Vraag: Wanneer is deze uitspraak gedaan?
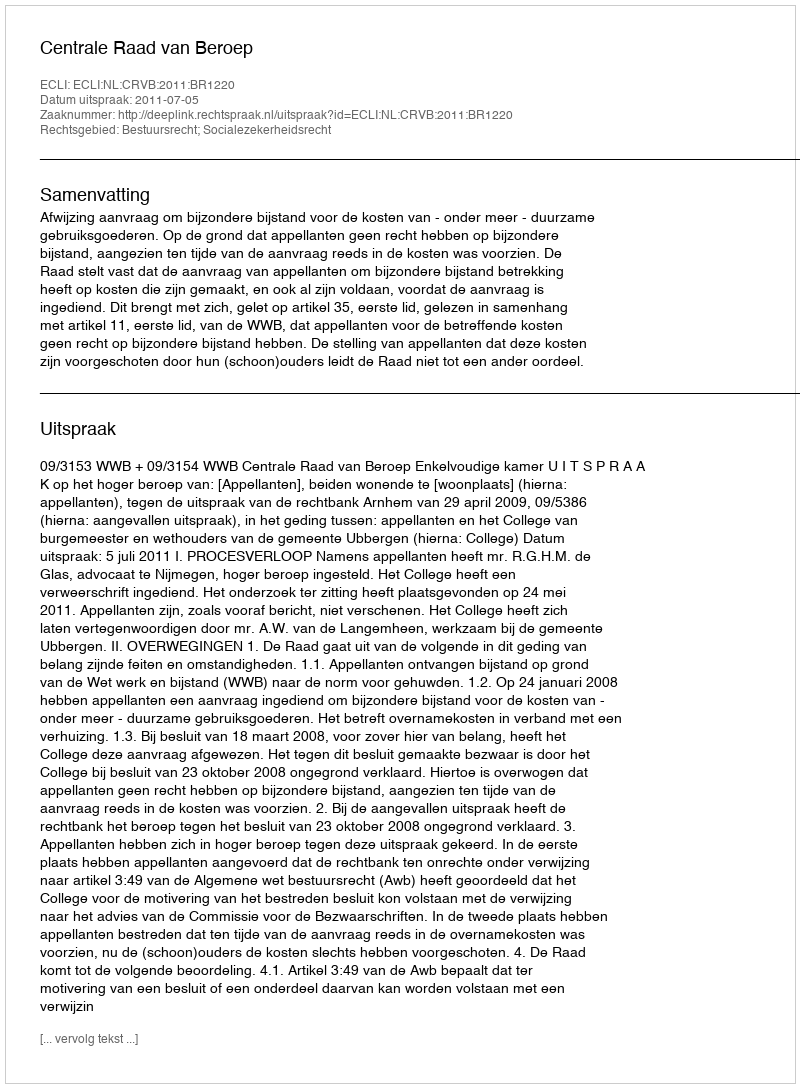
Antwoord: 2011-07-05